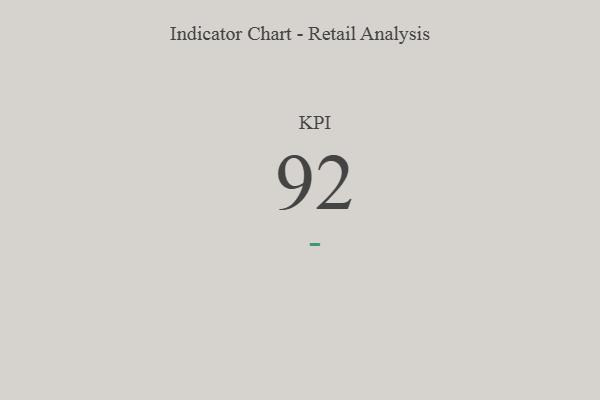
{"axis": {"x": "KPI", "y": "Value"}, "legend": [""], "data": [{"x": "KPI", "y": 92, "type": ""}]}